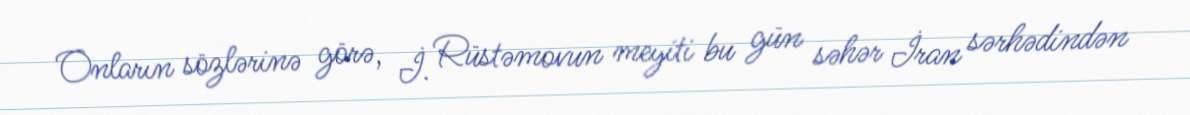
Onların sözlərinə görə, İ. Rüstəmovun meyiti bu gün səhər İran sərhədindən